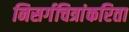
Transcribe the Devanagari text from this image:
निसर्गचित्रांकरिता